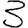
Digit: 3